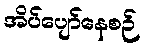
အိပ်ပျော်နေစဉ်